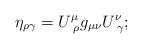
LaTeX: \begin{align*}\eta _{\rho \gamma }=U_{\,\,\rho }^\mu g_{\mu \nu }U_{\,\,\gamma }^\nu ;\end{align*}